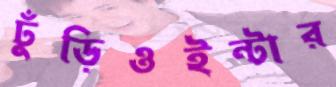
ঢুঁড়িওইন্টার